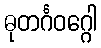
ဓုတင်္ဂဝဂ္ဂေါ